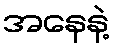
အနေနဲ့